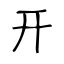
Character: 开